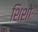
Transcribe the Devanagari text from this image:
शिशोः